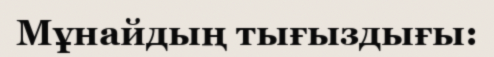
Мұнайдың тығыздығы: